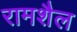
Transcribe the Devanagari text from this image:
रामशैल